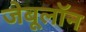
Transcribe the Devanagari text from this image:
जेबूलॉन